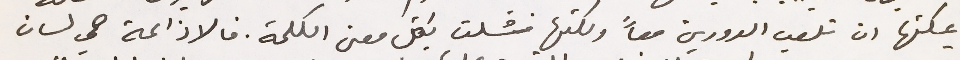
يمكنها ان تلعب الدورين معاً ولكنها فشلت بكل معنى الكلمة. فالاذاعة هي لسان